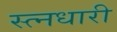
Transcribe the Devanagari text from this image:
स्त्नधारी